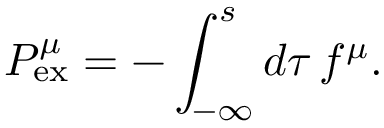
{ P } _ { \mathrm { e x } } ^ { \mu } = - \int _ { - \infty } ^ { s } d \tau \, f ^ { \mu } .